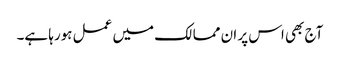
آج بھی اس پر ان ممالک میں عمل ہورہا ہے۔